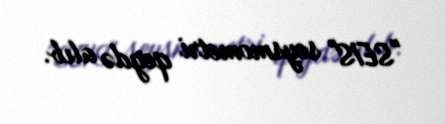
"SEIS" seysmometri qeydə alıb.